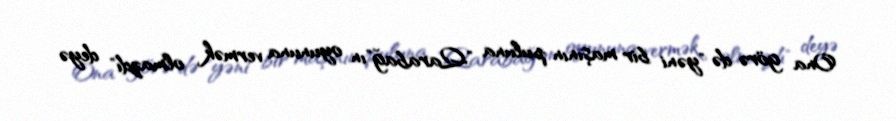
Ona görə də "yəni bir maşının puluna "Qarabağ"ın oyununa vermək olmazdı" deyə